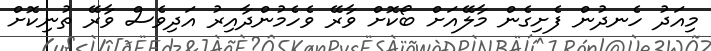
މިއަދު ހެނދުން ފެށިގެން މާލޭއަށް ބޯކޮށް ވާރޭ ވެހެމުންދާއިރު އަދިވެސް ވާރޭ ތުނިކޮށް